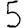
Digit: 5